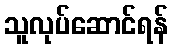
သူလုပ်ဆောင်ရန်